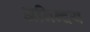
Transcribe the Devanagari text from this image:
अनिन्दय